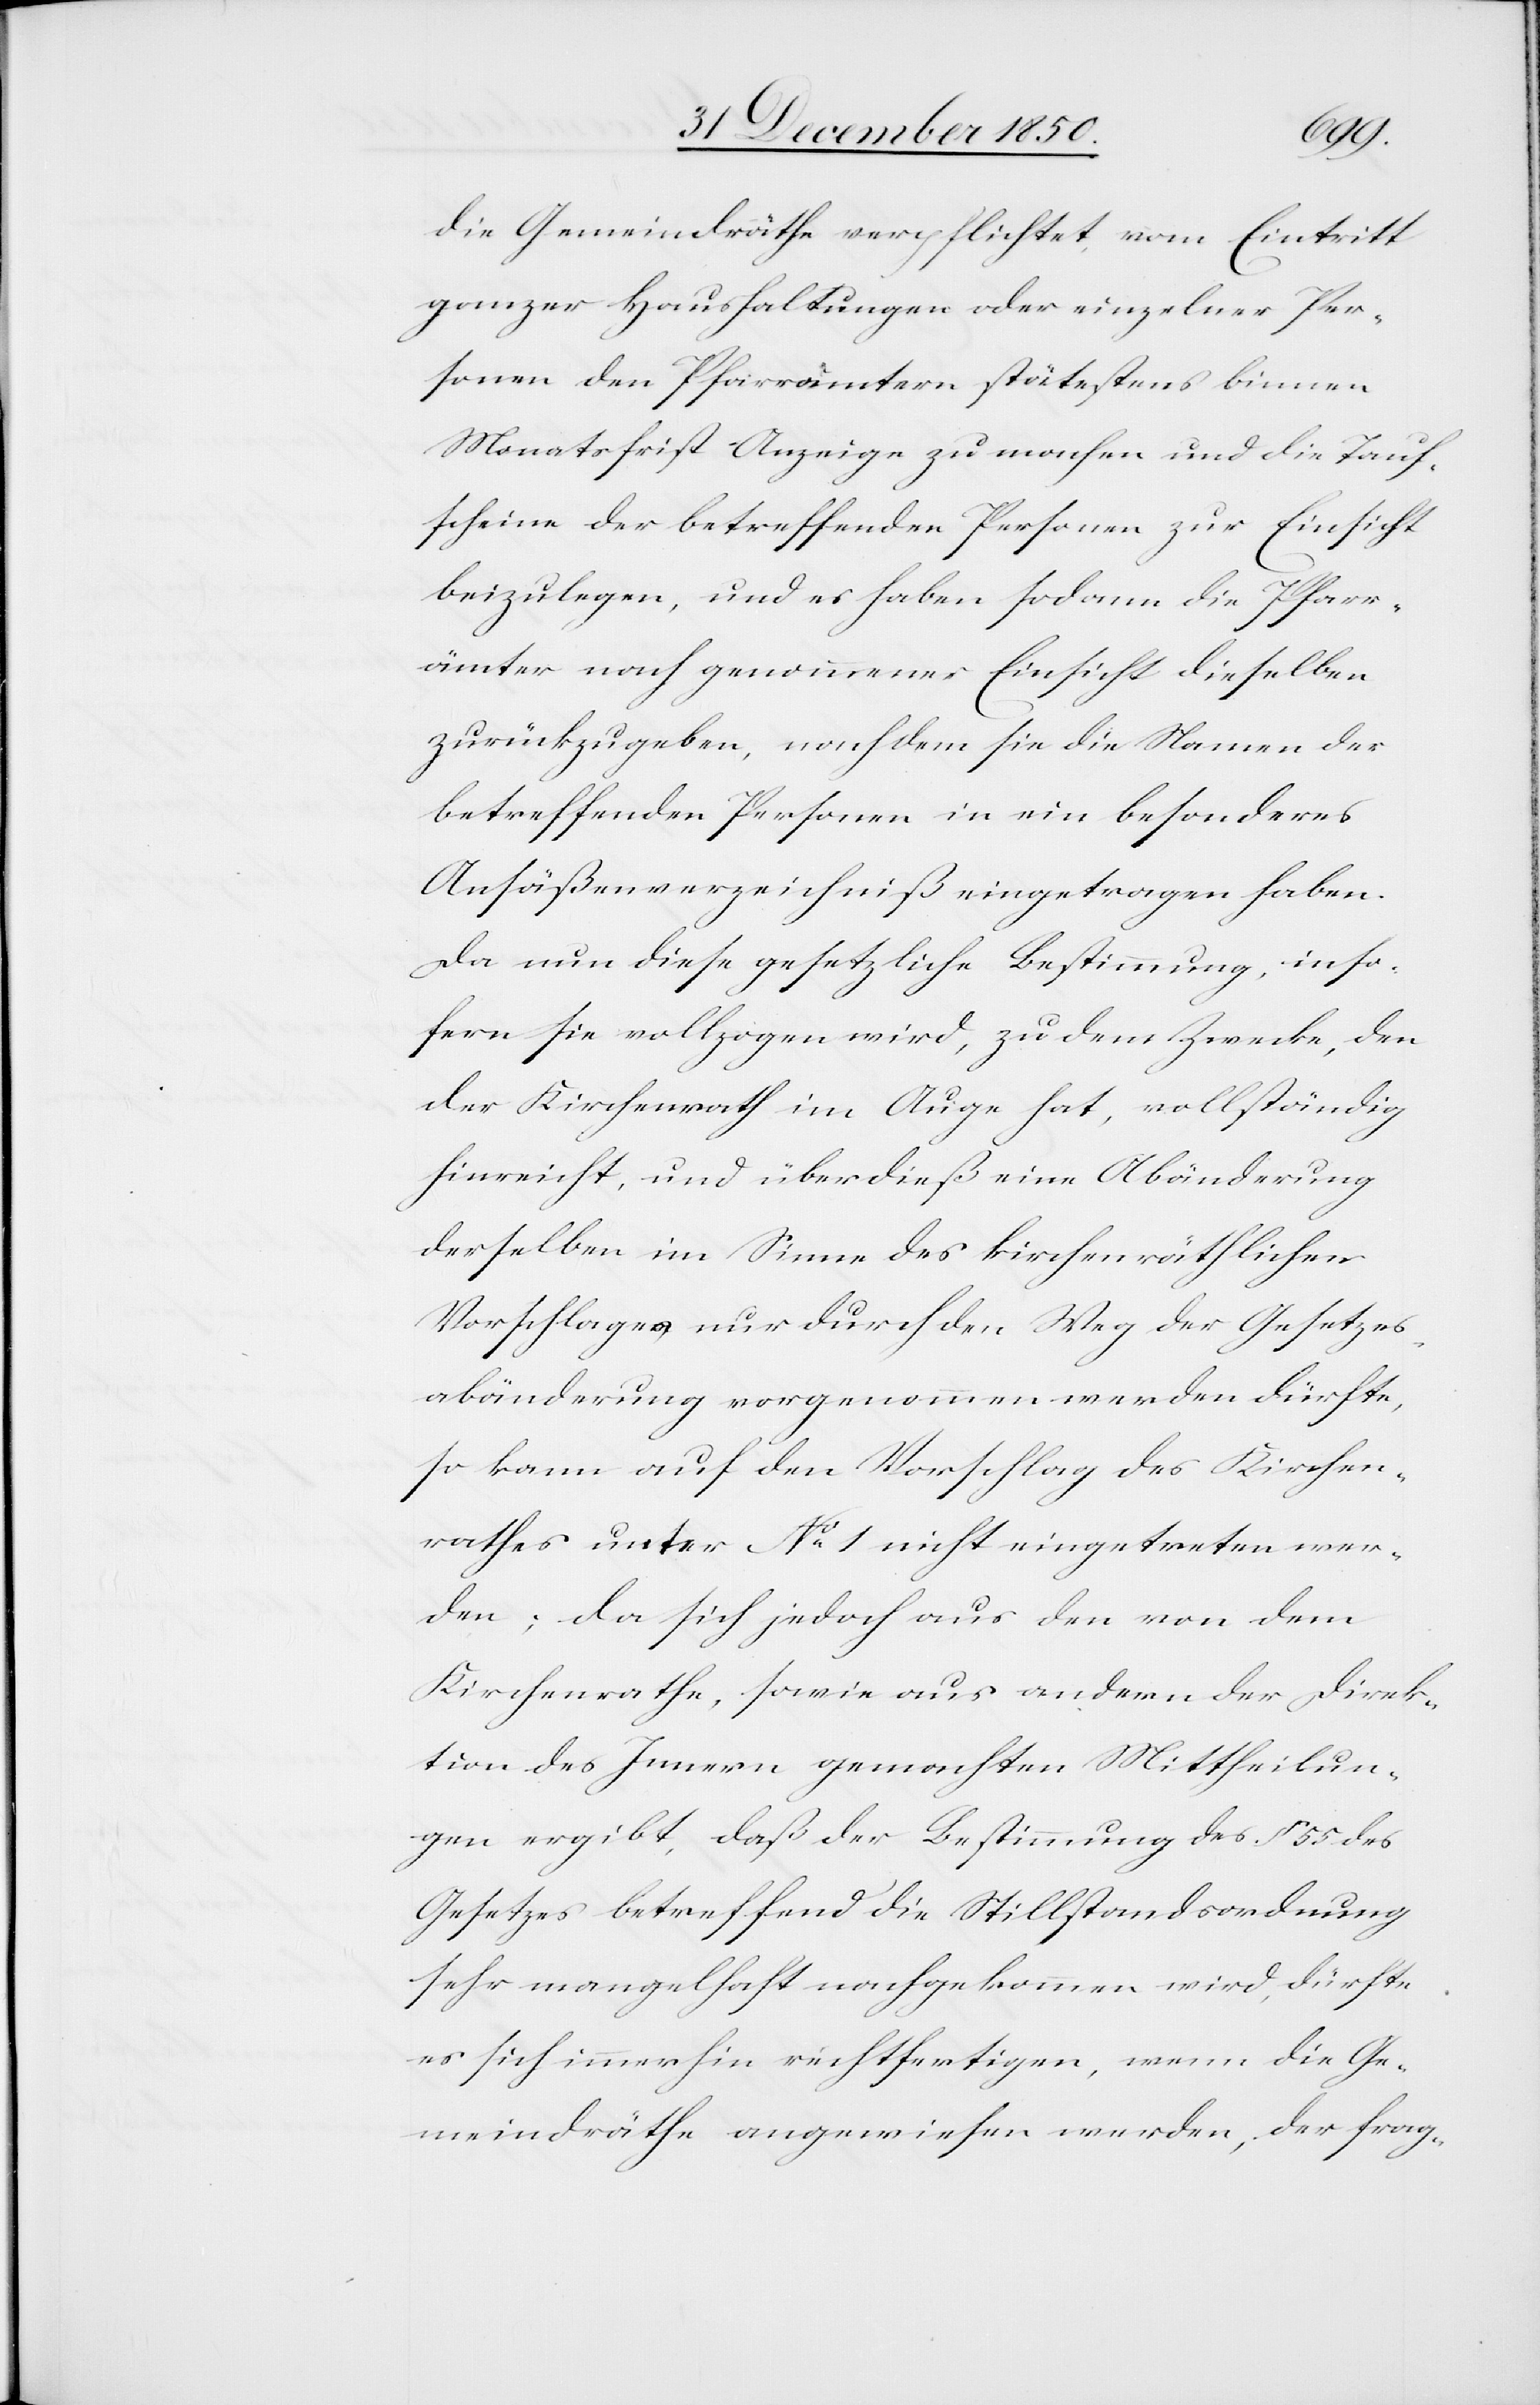
die Gemeindräthe verpflichtet, vom Eintritt
ganzer Haushaltungen oder einzelner Per¬
sonen den Pfarrämtern spätestens binnen
Monatsfrist Anzeige zu machen und die Tauf¬
scheine der betreffenden Personen zur Einsicht
beizulegen, und es haben sodann die Pfarr¬
ämter nach genommener Einsicht dieselben
zurückzugeben, nachdem sie die Namen der
betreffenden Personen in ein besonderes
Ansäßenverzeichniß eingetragen haben.
Da nun diese gesetzliche Bestimmung, inso¬
fern sie vollzogen wird, zu dem Zwecke, den
der Kirchenrath im Auge hat, vollständig
hinreicht, und überdieß eine Abänderung
derselben im Sinne des kirchenräthlichen
Vorschlages nur durch den Weg der Gesetzes¬
abänderung vorgenommen werden dürfte,
so kann auf den Vorschlag des Kirchen¬
rathes unter No 1 nicht eingetreten wer¬
den; da sich jedoch aus den von dem
Kirchenrathe, sowie aus andern der Direk¬
tion des Innern gemachten Mittheilun¬
gen ergibt, daß der Bestimmung des § 55 des
Gesetzes betreffend die Stillstandsordnung
sehr mangelhaft nachgekommen wird, dürfte
es sich immerhin rechtfertigen, wenn die Ge¬
meindräthe angewiesen werden, der frag-